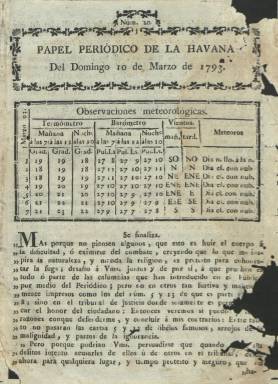
Título: Papel periódico de La Havana
Otros títulos: Papel periódico de La Habana
Colección: Gacetas
Ámbito geográfico: Cuba
Lugar de publicación: La Havana
Fechas: 10/03/1793-26/04/1804

Sería la cuarta publicación periódica que apareció en la capital de las Antillas españolas, después de que lo hubiera hecho la semanal Gazeta de la Havana (1764-1766) –en ese siglo se utilizaba la letra v en su grafía-, promovida por el conde de la Ricla, Ambrosio de Funes Villalpando (1720-1780), como primer gobernador y capitán general de Cuba, tras el Tratado de París que había dado fin a la invasión inglesa de la isla (1762-1763); la aparición posterior (no segura) del semanario literario El Pensador, y la reaparición de la Gazeta entre 1782 y 1783, la única de la que se conservan un par de ejemplares. La imprenta había llegado a Cuba un poco tarde en comparación con otras capitales americanas, en la segunda década de ese siglo XVIII.

Este Papel periódico será también fundado por un nuevo gobernador y capitán general de la isla, el ilustrado, viajero y europeísta Luis de las Casas y Arragorri (1745-1800), apareciendo el domingo, 24 de octubre de 1790, en cuyo prospectó indicará su intención de informar sobre lo que ocurría en todas las partes del mundo, aunque serán las noticias locales las que predominarán en sus páginas. Como director y principal redactor se pondrá al frente de la publicación Diego de la Barrera (1746-1802), que ya había dirigido la Gazeta de 1782.

La estructura formal y de contenidos de este Papel periódico es la típica de las gazetas del siglo XVIII, y de carácter oficioso. Su prospecto indicaba que contendría noticias sobre los precios comerciales, el movimiento portuario, de espectáculos, de bibliografía (obras nuevas) o retazos de literatura y de costumbres, y su páginas insertarán informaciones de variados asuntos, artículos literarios o composiciones en verso, pero destacando en su caso los anuncios de venta y compra de esclavos.

Al finalizar aquella centuria, la burguesía criolla cubana estaba adquiriendo un excepcional ascenso y asentamiento a través de una intensificación de la colonización blanca y el incremento del número de esclavos negros, de tal modo que La Habana se convertirá en una de las ciudades americanas más pobladas, pues de los 171.620 habitantes registrados en 1774, se pasará a los 553.033, en 1817.

La parte intelectual de esa burguesía criolla fue la que –a través de la Sociedad Patriótica, después reconvertida en Real Sociedad Económica de Amigos del País- se encargaría de editar el periódico, en el que junto a los datos meteorológicos o adivinanzas y otros pasatiempos, difunde noticias culturales o divulgará el teatro europeo, a la vez que realizará una inteligente crítica de las costumbres caribeñas (Checa Godoy: 1993 y Cruz Hermosilla: 2008). También incluye artículos o proyectos sobre ciencia, moral y religión, hidráulica, derecho, agricultura, comercio, medicina, higiene, educación, política o de bellas artes, entre otros asuntos, lo que le confirió una extraordinaria calidad y popularidad (Tarín Iglesias: 1972). Pierre Albert (1990) lo califica de periódico literario, ilustrado y de conocimientos útiles.

Además del propio Luis de las Casas y Diego de la Barrera, entre sus principales redactores y colaboradores estuvieron el médico e investigador Tomás Romay y Chacón (1764-1849); el famoso predicador José Agustín Caballero (1762-1835), conocido como el padre Agustín, y el militar e insigne poeta Manuel de Zequeira y Arango (1764-1846).

Tras tomar la Real Sociedad Económica la propiedad del periódico y suscribir un convenio con su impresor, a partir de abril de 1793, sus principales integrantes se irán responsabilizando de su edición de forma rotatoria: De la Barrera; el doctor Romay; el padre Caballero o el gran auspiciador del liberalismo económico en Cuba Francisco de Arango y Parreño (1765-1837).

La colección de este periódico en la Biblioteca Nacional de España (BNE) se reduce a una docena de ejemplares de los años 1793, 1794 y 1804. Son número de cuatro páginas, compuestas a una y dos columnas, llevando al pie la indicación “con permiso del superior gobierno”, pero sin imprenta, aunque salía de la de Francisco Seguí. Al principio se publicaba los domingos, y a partir de 1791, los jueves y domingos. Desde mayo de 1805 será continuado por El Aviso, que adopta como subtítulo “papel periódico de La Havana”, y del que la BNE dispone de más de un centenar de números.

Para Papel periódico de La Havana y la prensa cubana véase, además de las citados, las obras que publicó en 1928 y 1941 Emilio Roig de Leuchsenring (1889-1964), Gay-Calbó (1941), Llaverías (1954) o el repertorio de bibliografía y el periodismo en Cuba, de Millares Carlo (1976). Así como otros trabajos más recientes, de Cintio Vitier (1991), Franco Quinziano (1997 y 1999), Marrero (1999), González Ripoll (2000), López Espinosa (2001), José Gomariz (2004) o Alina Gutiérrez (2006)